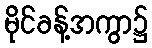
မိုင်ခန့်အကွာ၌